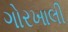
ગોરખાલી